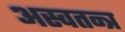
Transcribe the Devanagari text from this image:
अस्वतन्त्र